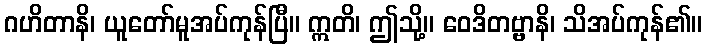
ဂဟိတာနိ၊ ယူတော်မူအပ်ကုန်ပြီ။ ဣတိ၊ ဤသို့။ ဝေဒိတဗ္ဗာနိ၊ သိအပ်ကုန်၏။